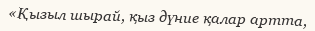
«Қызыл шырай, қыз дүние қалар артта,